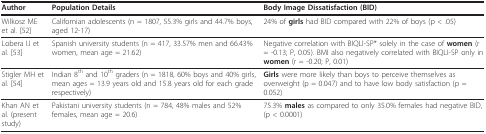
<table><thead><tr><td><b>Author</b></td><td><b>Population Details</b></td><td><b>Body Image Dissatisfaction (BID)</b></td></tr></thead><tbody><tr><td>Wilkosz ME et al. [52]</td><td>Californian adolescents (n = 1807, 55.3% girls and 44.7% boys, aged 12-17)</td><td>24% of <b>girls </b>had BID compared with 22% of boys (p &lt; .05)</td></tr><tr><td>Lobera IJ et al. [53]</td><td>Spanish university students (n = 417, 33.57% men and 66.43% women, mean age = 21.62)</td><td>Negative correlation with BIQLI-SP* solely in the case of <b>women </b>(r = -0.13; P, 0.05). BMI also negatively correlated with BIQLI-SP only in <b>women </b>(r = -0.20; P, 0.01)</td></tr><tr><td>Stigler MH et al. [54]</td><td>Indian 8<sup>th </sup>and 10<sup>th </sup>graders (n = 1818, 60% boys and 40% girls, mean ages = 13.9 years old and 15.8 years old for each grade respectively)</td><td><b>Girls </b>were more likely than boys to perceive themselves as overweight (p = 0.047) and to have low body satisfaction (p = 0.052)</td></tr><tr><td>Khan AN et al. (present study)</td><td>Pakistani university students (n = 784, 48% males and 52% females, mean age = 20.6)</td><td>75.3% <b>males </b>as compared to only 35.0% females had negative BID, (p &lt; 0.0001)</td></tr></tbody></table>